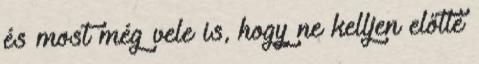
és most még vele is, hogy ne kelljen előtte